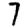
Digit: 7